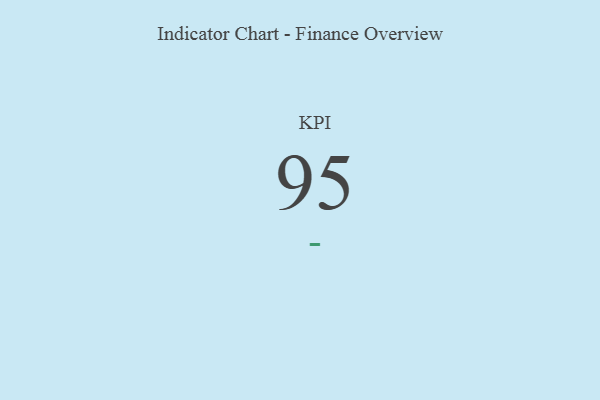
{"axis": {"x": "KPI", "y": "Value"}, "legend": [""], "data": [{"x": "KPI", "y": 95, "type": ""}]}